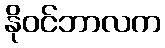
နိုဝင်ဘာလက